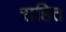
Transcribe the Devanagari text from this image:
राहित